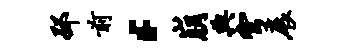
邳前，崩典穹展